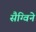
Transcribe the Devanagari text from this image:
सैग्विने